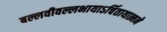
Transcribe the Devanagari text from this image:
बल्लवीवल्लभायाऽर्चितायात्मने